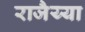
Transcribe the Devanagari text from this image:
राजैय्या